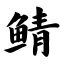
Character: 鲭